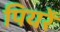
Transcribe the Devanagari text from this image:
पियरें